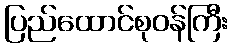
ပြည်ထောင်စုဝန်ကြီး